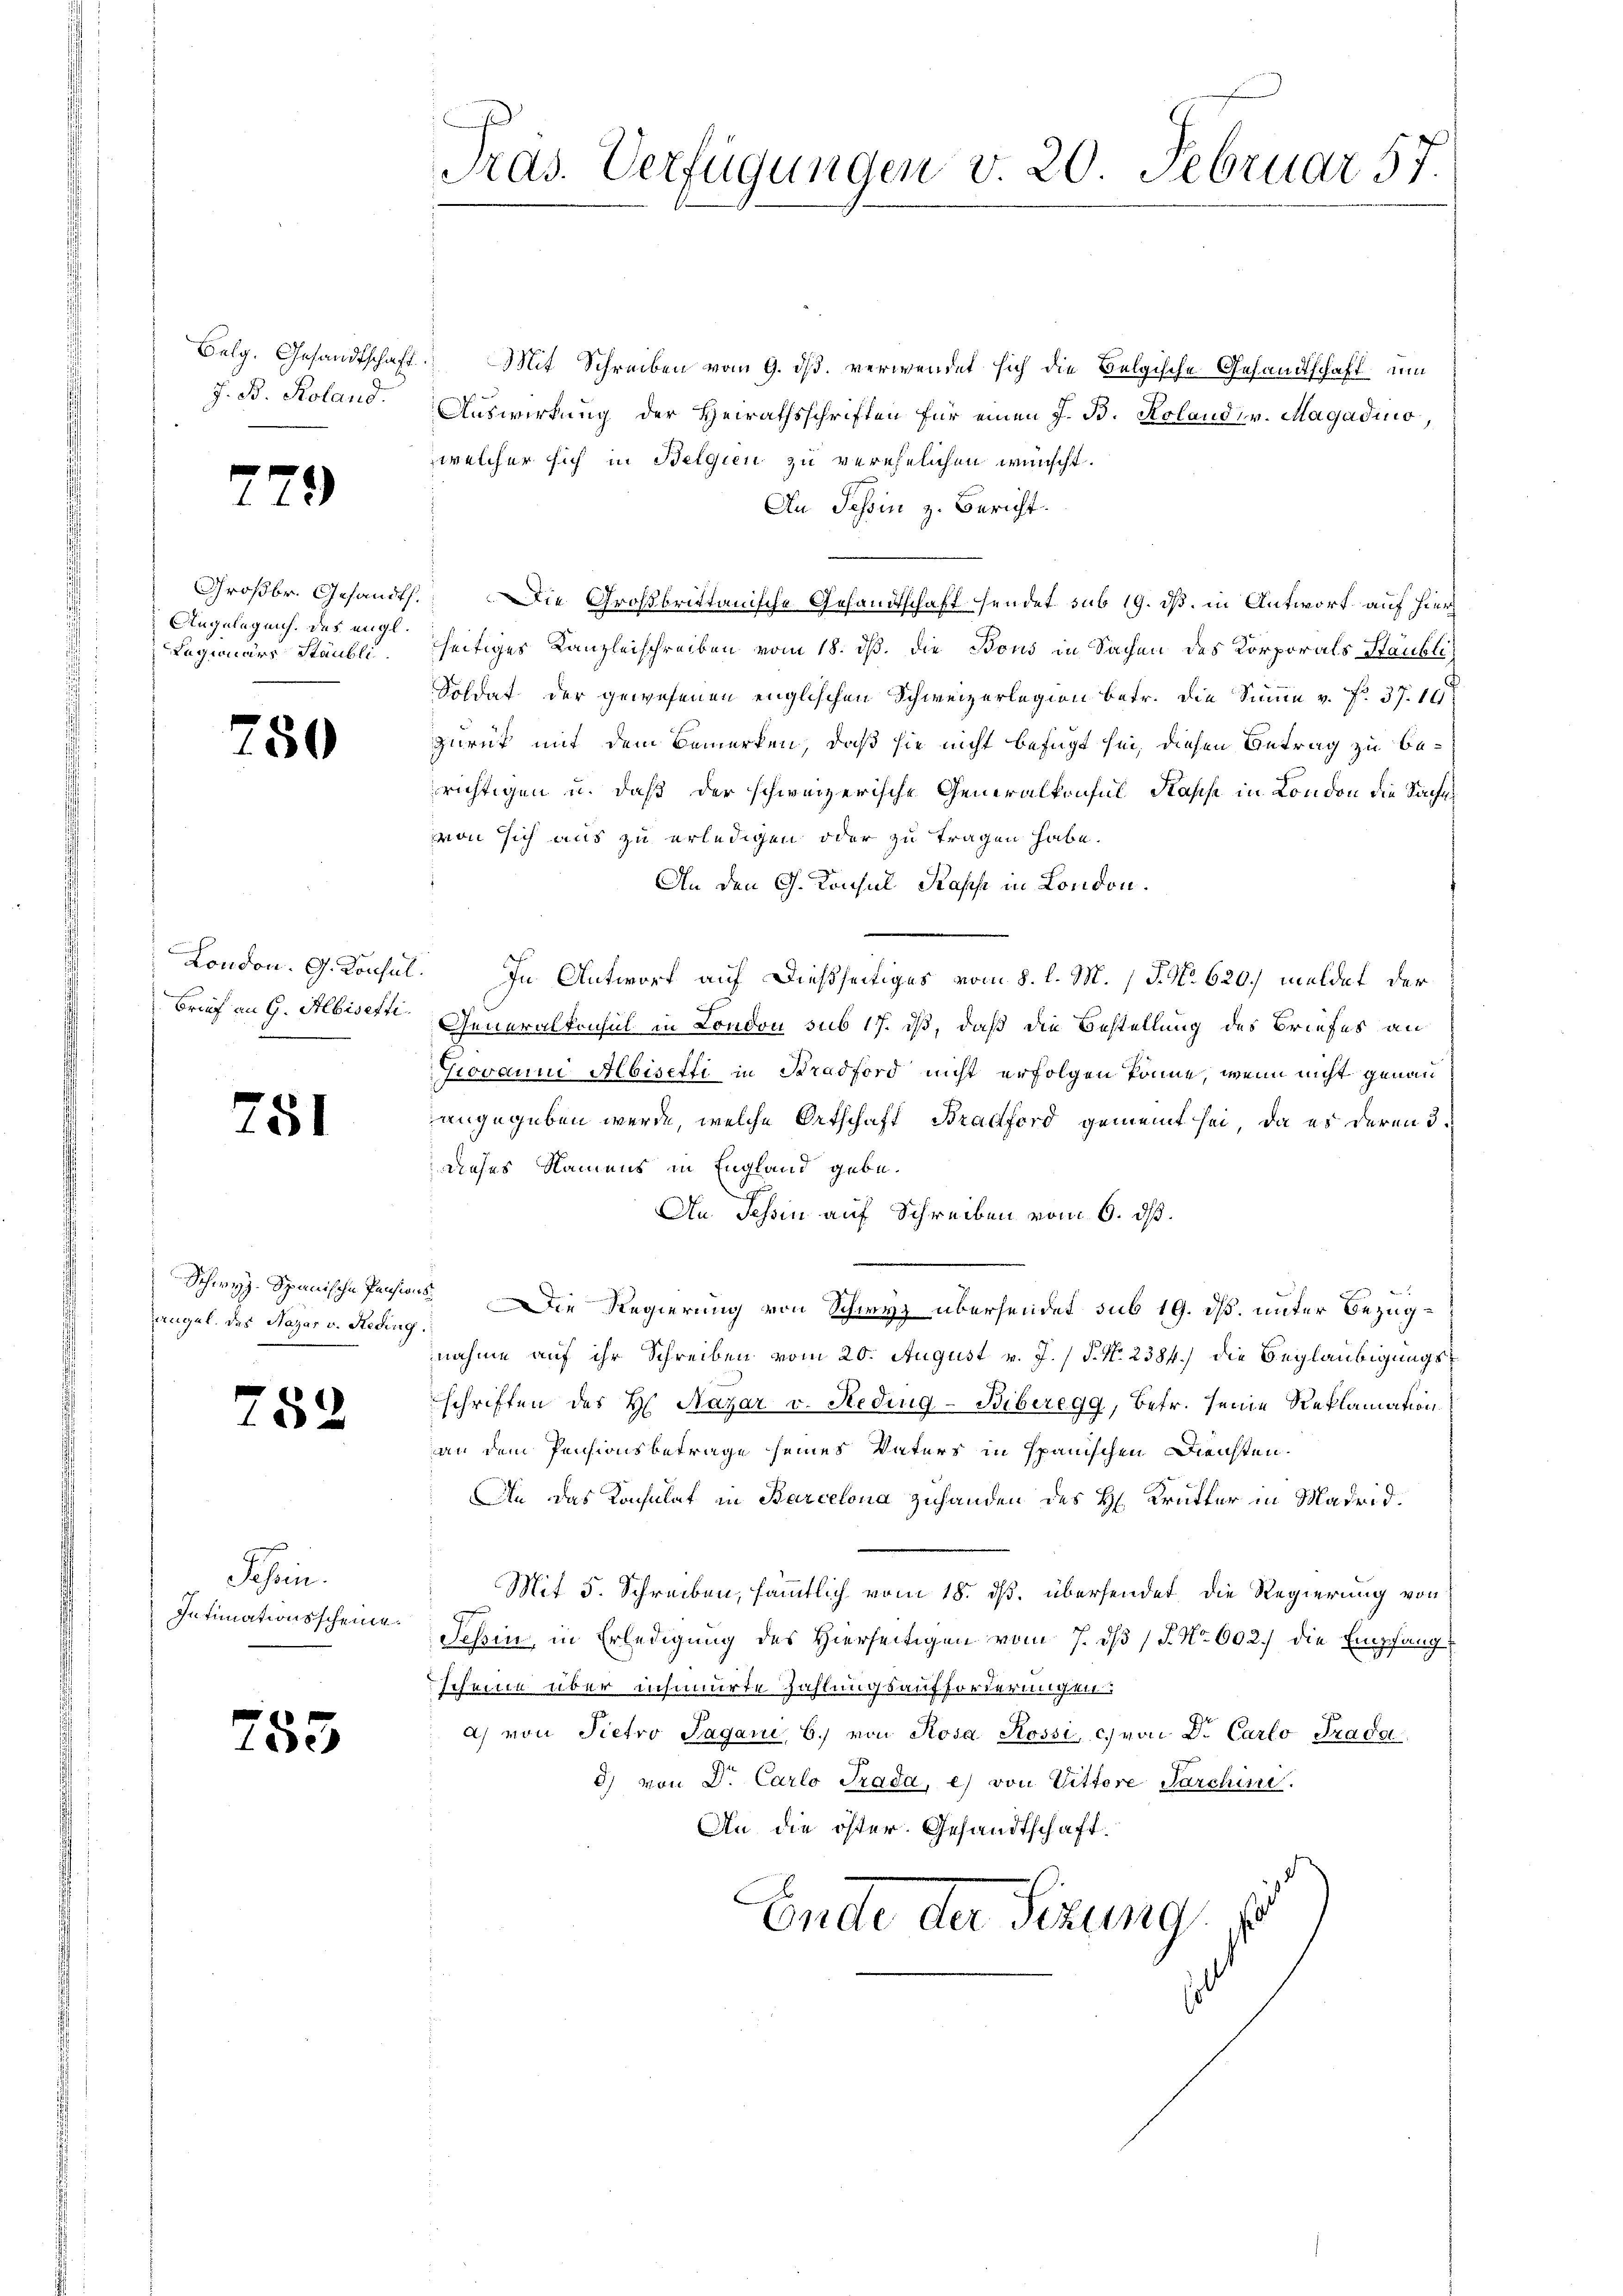
Belg. Gesandtschaft.
J. B. Roland.

s

Angelegens des engl.
Lagionärs Stäubli

750

Brief an G. Albisetti

751

rugul. das Nazar v. Heding.

E

2.)

52

753

Schrein.

Pras. Verfügungen v. 20 Februar 57.

Mit Schreiben vom 9. ds. verwendet sich die Belgische Gesandtschaft, um
Auswirkung der Heirathsschriften für einen J. B. Koland v. Magadino,
welcher sich in Belgien zu verehelichen wünscht.
An Tessin z. Bericht.
Großbr. Gesandts. Die Großbrittanische Gesandtschaft sendet sub 19. ds. in Antwort auf hier
seitiges Kanzleischreiben vom 18. ds. die Bons in Sachen des Korporals Staubli
Soldat der gewesenen englischen Schweizerlegion betr. die Sinne v. fr. 37. 14
zurück mit dem Bemerken, daß sie nicht befügt sei, diesen Betrag zu berichtigen u. daß der schweizerische Generalkonsul Kasse in London die Sachen
von sich aus zu erledigen oder zu tragen habe.
An den G. Konsul Kapp in London.
London. G. Konsul. In Antworf auf dießseitiges vom 8. l. M. J. No 620.) meldet, der
Generalkonsul in London sub 17. dß, daß die Bestellung des Briefes an
Giovanni Abisetti in Stradford nicht erfolgen könne, wenn nicht genau
angegeben werde, welche Ortschaft Bradford gemeint sei, da es deren 3.
dieses Namens in England gebe.
An Tessin auf Schreiben vom 6. ds.
Schwyz. Spanische Person. Die Regierung von Schwyz übersendet sub 19. dß. unter Bezugnahme auf ihr Schreiben vom 20. August v. J. / P. Nr. 238 f.) die Beglaubigungsschriften des H Nazar v. Heding-Biberegg, Betr. seine Reklamation
an dem Pensionsbetrage seines Vaters in spanischen Diensten.
An das Konsulat in Barcelona zuhanden des H. Krütter in Madrid.
Mit 5. Schreiben, sämmtlich vom 18. ds. übersendet, die Regierung von
Intimationsscheine Schin, in Erledigung des Hierseitigen vom 7. ds P. Nr. 602.) die Empfang
scheine über insumirte Zahlungsaufforderungen
a) von Pietro Pagani, 6. von Rosa Rossi, c) von Dr. Carlo Trada
c) von Dr. Carlo Trada, e) von Vittore Parchini.
An die öster. Gesandtschaft.
Ende der Sitzung,